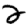
Digit: 2